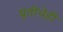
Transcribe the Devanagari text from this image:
युतीचेही